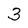
Character: 3